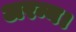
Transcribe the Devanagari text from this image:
अरन्य।